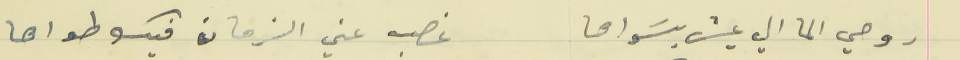
روحي الما الي عيش بسَواها                                  غصب عني الزمان فيك طواها